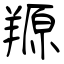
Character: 羱